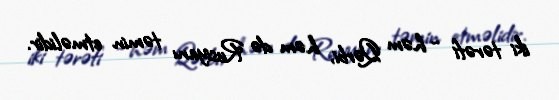
iki tərəfi - həm Qərbi, həm də Rusiyanı təmin etməlidir.